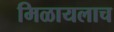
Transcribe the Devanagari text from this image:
मिळायलाच